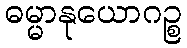
ဓမ္မာနုယောဂဉ္စ